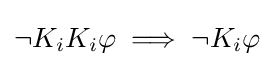
\neg K_{i}K_{i}\varphi \implies \neg K_{i}\varphi